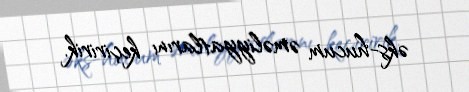
əks-hucum əməliyyatlarını keçiririk.